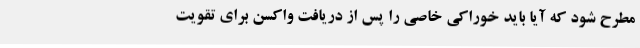
مطرح شود که آیا باید خوراکی خاصی را پس از دریافت واکسن برای تقویت